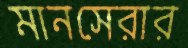
মানসেরার